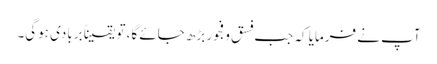
آپ نے فرمایا کہ جب فسق و فجور بڑھ جائے گا، تو یقیناً بربادی ہوگی۔